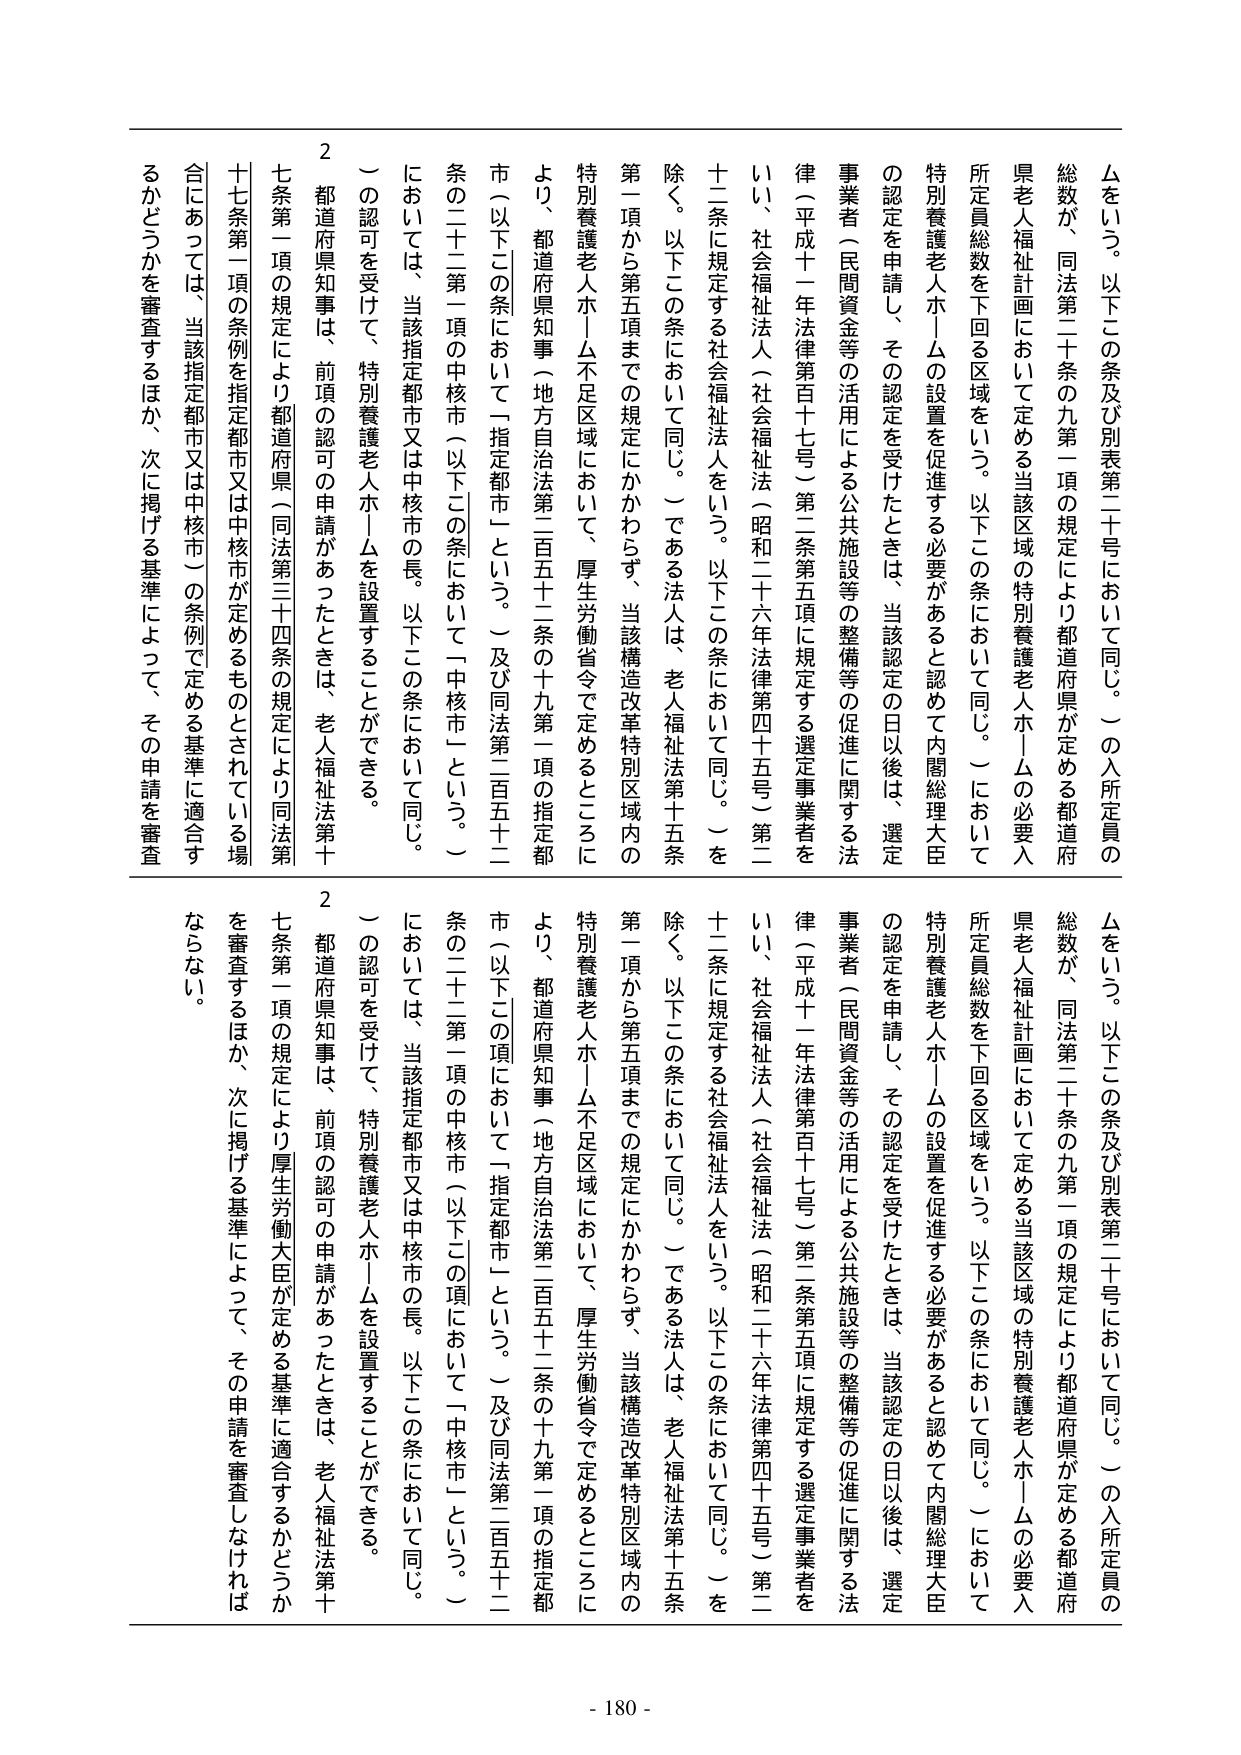
ムをいう。以下この条及び別表第二十号において同じ。）の入所定員の総数が、同法第二十条の九第一項の規定により都道府県が定める都道府県老人福祉計画において定める当該区域の特別養護老人ホームの必要入所定員総数を下回る区域をいう。以下この条において同じ。）において特別養護老人ホームの設置を促進する必要があると認めて内閣総理大臣の認定を申請し、その認定を受けたときは、当該認定の日以後は、選定事業者（民間資金等の活用による公共施設等の整備等の促進に関する法律（平成十一年法律第百十七号）第二条第五項に規定する選定事業者をいい、社会福祉法人（社会福祉法（昭和二十六年法律第四十五号）第二十二条に規定する社会福祉法人をいう。以下この条において同じ。）を除く。以下この条において同じ。）である法人は、老人福祉法第十五条第一項から第五項までの規定にかかわらず、当該構造改革特別区域内の特別養護老人ホーム不足区域において、厚生労働省令で定めるところにより、都道府県知事（地方自治法第三百五十二条の十九第一項の指定都市（以下この条において「指定都市」という。）及び同法第三百五十二条の二十二第一項の中核市（以下この条において「中核市」という。）においては、当該指定都市又は中核市の長。以下この条において同じ。）の認可を受けて、特別養護老人ホームを設置することができる。

2 都道府県知事は、前項の認可の申請があったときは、老人福祉法第十七条第一項の規定により都道府県（同法第三十四条の規定により同法第十七条第一項の条例を指定都市又は中核市が定めるものとされている場合にあっては、当該指定都市又は中核市）の条例で定める基準に適合するかどうかを審査するほか、次に掲げる基準によって、その申請を審査しなければならない。

ムをいう。以下この条及び別表第二十号において同じ。）の入所定員の総数が、同法第二十条の九第一項の規定により都道府県が定める都道府県老人福祉計画において定める当該区域の特別養護老人ホームの必要入所定員総数を下回る区域をいう。以下この条において同じ。）において特別養護老人ホームの設置を促進する必要があると認めて内閣総理大臣の認定を申請し、その認定を受けたときは、当該認定の日以後は、選定事業者（民間資金等の活用による公共施設等の整備等の促進に関する法律（平成十一年法律第百十七号）第二条第五項に規定する選定事業者をいい、社会福祉法人（社会福祉法（昭和二十六年法律第四十五号）第二十二条に規定する社会福祉法人をいう。以下この条において同じ。）を除く。以下この条において同じ。）である法人は、老人福祉法第十五条第一項から第五項までの規定にかかわらず、当該構造改革特別区域内の特別養護老人ホーム不足区域において、厚生労働省令で定めるところにより、都道府県知事（地方自治法第三百五十二条の十九第一項の指定都市（以下この項において「指定都市」という。）及び同法第三百五十二条の二十二第一項の中核市（以下この項において「中核市」という。）においては、当該指定都市又は中核市の長。以下この条において同じ。）の認可を受けて、特別養護老人ホームを設置することができる。

2 都道府県知事は、前項の認可の申請があったときは、老人福祉法第十七条第一項の規定により厚生労働大臣が定める基準に適合するかどうかを審査するほか、次に掲げる基準によって、その申請を審査しなければならない。

- 180 -